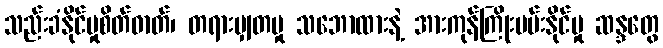
သည်းခံနိုင်မှုစိတ်ဓာတ်၊ တရားမျှတမှု သဘောထားနဲ့ အားကုန်ကြိုးပမ်းနိုင်မှု ဆန္ဒတွေ